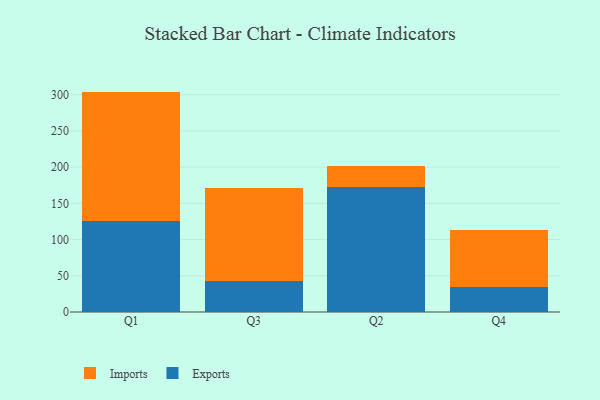
{"axis": {"x": "Quarter", "y": "Inventory Turnover"}, "legend": ["Exports", "Imports"], "data": [{"x": "Q1", "y": 125.7, "type": "Exports"}, {"x": "Q1", "y": 178.6, "type": "Imports"}, {"x": "Q3", "y": 43.2, "type": "Exports"}, {"x": "Q3", "y": 127.4, "type": "Imports"}, {"x": "Q2", "y": 172.4, "type": "Exports"}, {"x": "Q2", "y": 29.1, "type": "Imports"}, {"x": "Q4", "y": 35.2, "type": "Exports"}, {"x": "Q4", "y": 78.5, "type": "Imports"}]}